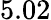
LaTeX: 5.02